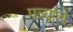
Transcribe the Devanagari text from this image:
पत्र्यांचे